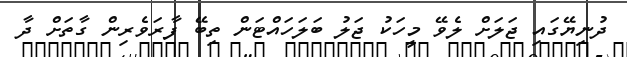
ދުނިޔޭގައި ޖަލަށް ލެވޭ މީހަކު ޖަލު ބަލަހައްޓަން ތިބޭ ފާރަވެރިން ގާތަށް ދާ